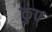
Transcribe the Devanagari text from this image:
कुप्